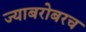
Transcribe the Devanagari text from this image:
ज्याबरोबरच